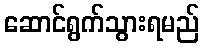
ဆောင်ရွက်သွားရမည်